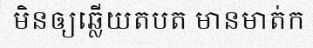
មិនឲ្យឆ្លើយតបត មានមាត់ក